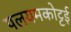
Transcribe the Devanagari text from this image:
पलयमकोट्टई